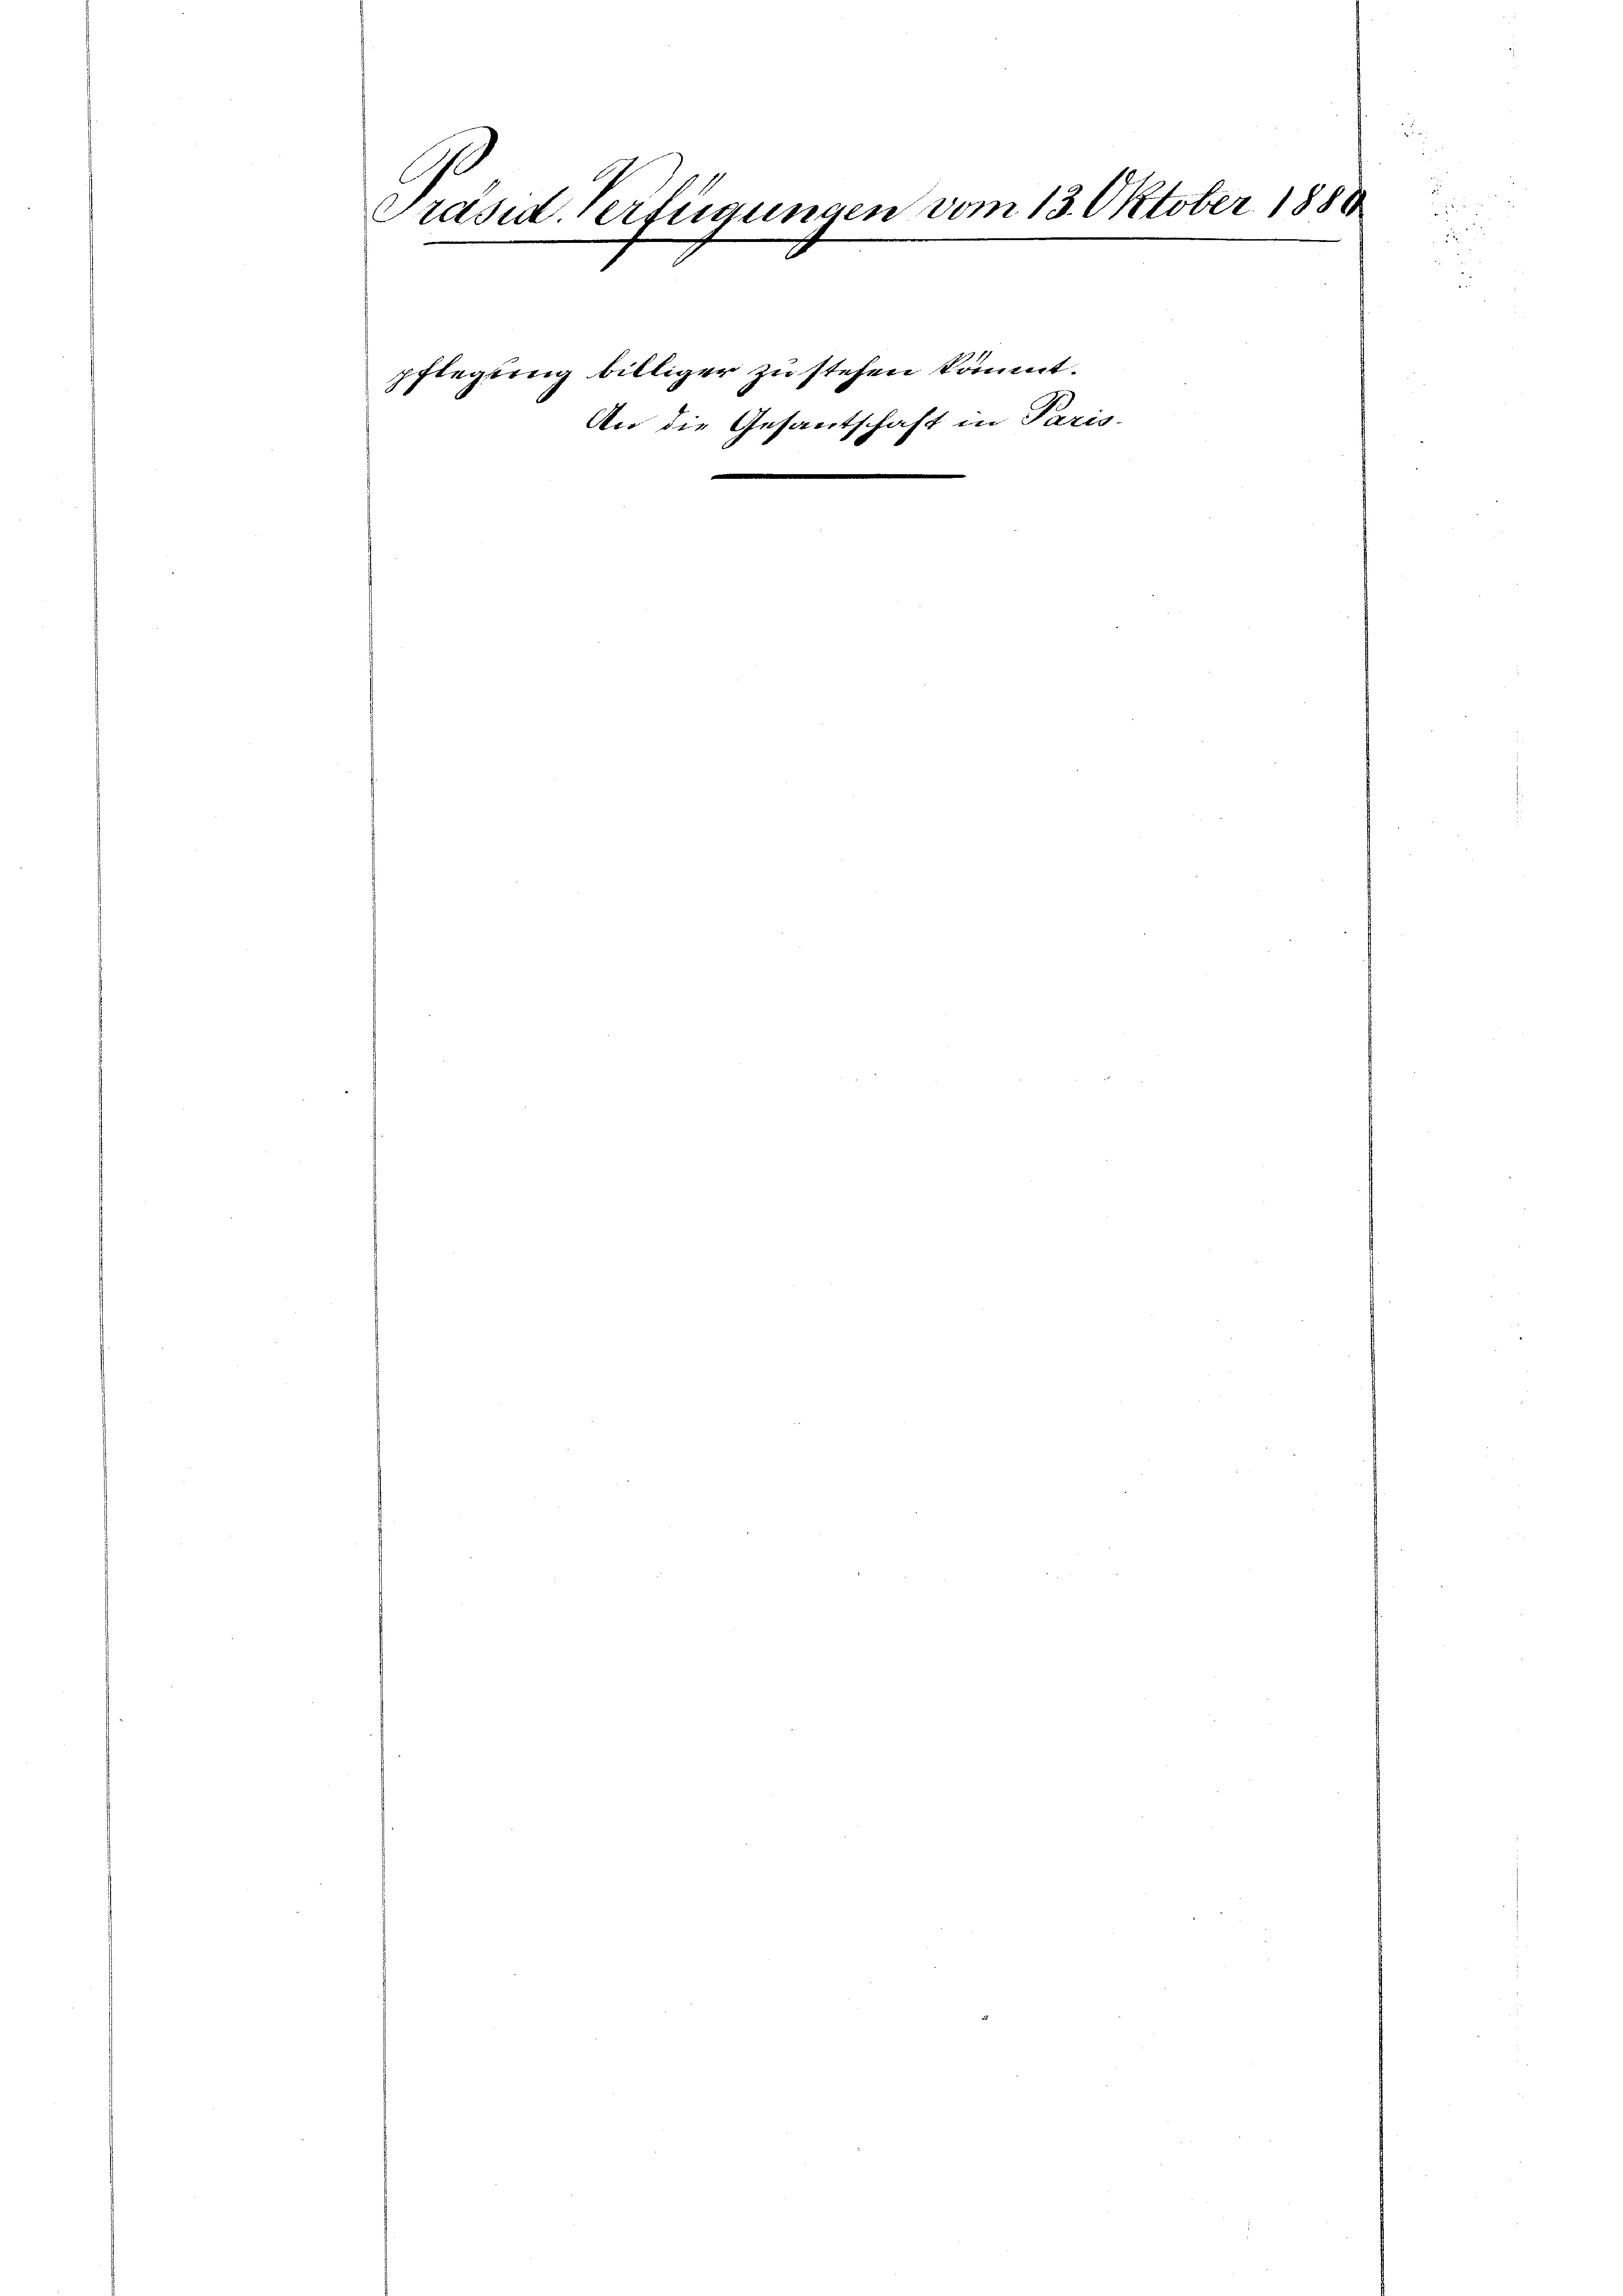
Präsid. Verfügungen vom 13. Oktober 1880

pflegung billiger zu stehen kommt.
An die Gesantschaft in Paris-